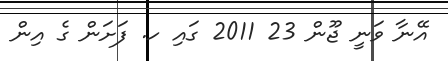
އޭނާ ވަނީ ޖޫން 23 2011 ގައި ހ. ފަށަން ގެ އިން